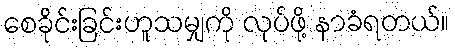
စေခိုင်းခြင်းဟူသမျှကို လုပ်ဖို့ နာခံရတယ်။